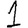
Digit: 1